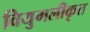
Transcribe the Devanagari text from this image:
वियुगलीकृत